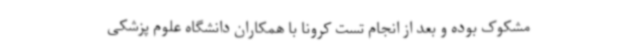
مشکوک بوده و بعد از انجام تست کرونا با همکاران دانشگاه علوم پزشکی